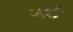
ગઈ